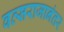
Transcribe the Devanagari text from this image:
वत्सराजानंतर